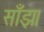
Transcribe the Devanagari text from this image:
साँझ।